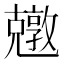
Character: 𠓎